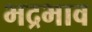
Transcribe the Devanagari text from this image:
भद्रभाव